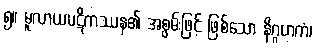
၅။ မူလာယပဋိကဿန၏ အစွမ်းဖြင့် ဖြစ်သော နိဂ္ဂဟကံ၊